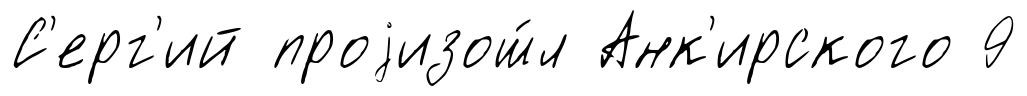
С'ерг'ий проjизош́л Анк'ирского 9